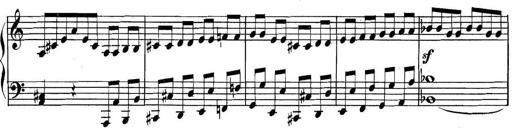
Title: Collected Piano Sonatas
Composer: Muzio Clementi